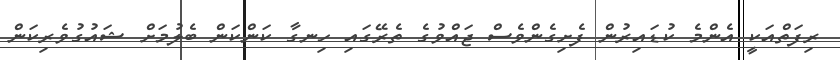
ރިފަތްއަކީ އެންމެ ކުޑައިރުން ފެށިގެންވެސް ޖައްވުގެ ތެރޭގައި ހިނގާ ކަންކަން ބެލުމަށް ޝައުގުވެރިކަން